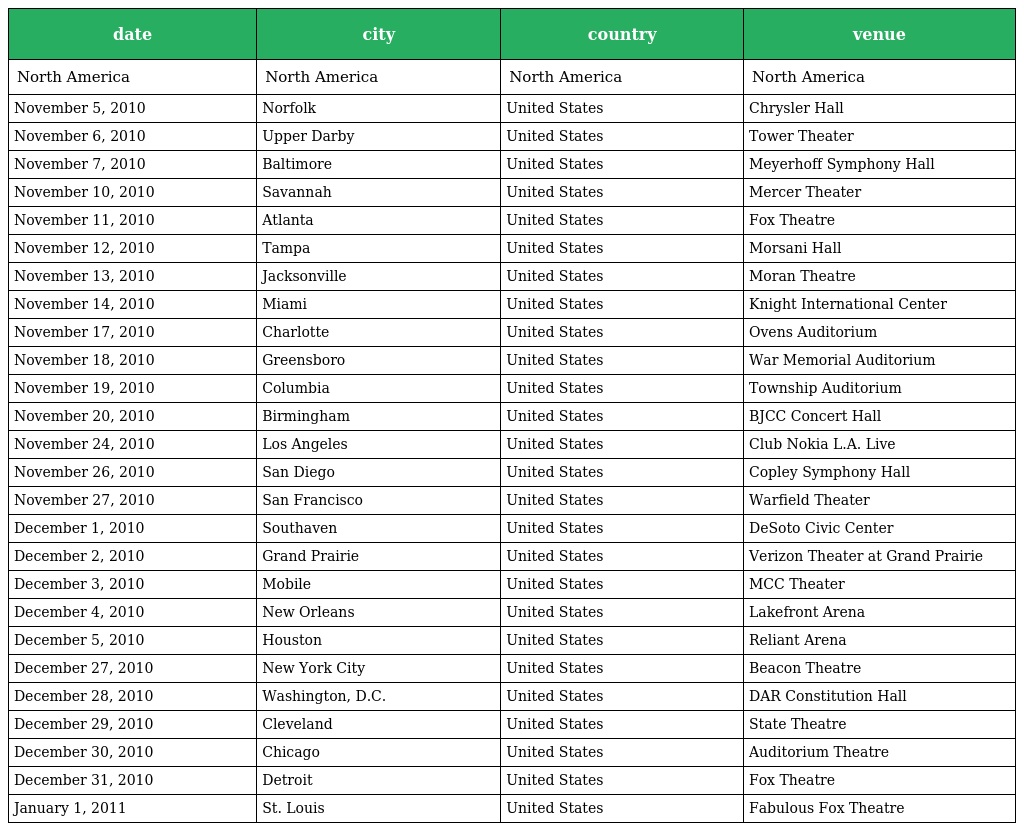
| date | city | country | venue |
 | --- | --- | --- | --- |
 | North America | North America | North America | North America |
 | November 5, 2010 | Norfolk | United States | Chrysler Hall |
 | November 6, 2010 | Upper Darby | United States | Tower Theater |
 | November 7, 2010 | Baltimore | United States | Meyerhoff Symphony Hall |
 | November 10, 2010 | Savannah | United States | Mercer Theater |
 | November 11, 2010 | Atlanta | United States | Fox Theatre |
 | November 12, 2010 | Tampa | United States | Morsani Hall |
 | November 13, 2010 | Jacksonville | United States | Moran Theatre |
 | November 14, 2010 | Miami | United States | Knight International Center |
 | November 17, 2010 | Charlotte | United States | Ovens Auditorium |
 | November 18, 2010 | Greensboro | United States | War Memorial Auditorium |
 | November 19, 2010 | Columbia | United States | Township Auditorium |
 | November 20, 2010 | Birmingham | United States | BJCC Concert Hall |
 | November 24, 2010 | Los Angeles | United States | Club Nokia L.A. Live |
 | November 26, 2010 | San Diego | United States | Copley Symphony Hall |
 | November 27, 2010 | San Francisco | United States | Warfield Theater |
 | December 1, 2010 | Southaven | United States | DeSoto Civic Center |
 | December 2, 2010 | Grand Prairie | United States | Verizon Theater at Grand Prairie |
 | December 3, 2010 | Mobile | United States | MCC Theater |
 | December 4, 2010 | New Orleans | United States | Lakefront Arena |
 | December 5, 2010 | Houston | United States | Reliant Arena |
 | December 27, 2010 | New York City | United States | Beacon Theatre |
 | December 28, 2010 | Washington, D.C. | United States | DAR Constitution Hall |
 | December 29, 2010 | Cleveland | United States | State Theatre |
 | December 30, 2010 | Chicago | United States | Auditorium Theatre |
 | December 31, 2010 | Detroit | United States | Fox Theatre |
 | January 1, 2011 | St. Louis | United States | Fabulous Fox Theatre |